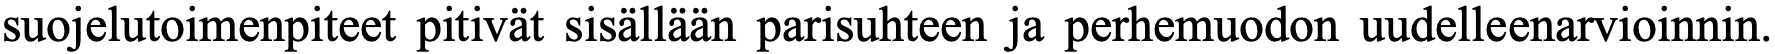
suojelutoimenpiteet pitivät sisällään parisuhteen ja perhemuodon uudelleenarvioinnin.